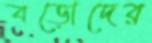
বড়োদের